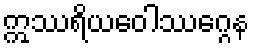
ဣဿရိယဝေါဿဂ္ဂေန